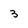
Character: 3